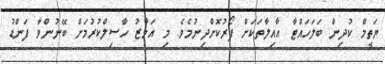
ޔަތީމް ކުދިން ބަލަހައްޓާ އާއިލާތަކަށް ފޯރުކޮށްދިނުމެވެ. މި އަމާޒު ހާސިލްކުރުމަށް ބޭނުންވާ ފަންޑު